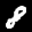
Label: 8